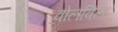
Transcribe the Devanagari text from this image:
वोलविल